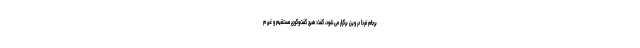
برجام فردا در وین برگزار می‌شود، گفت: هیچ گفت‌وگوی مستقیم و غیر م